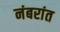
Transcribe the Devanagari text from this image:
नंबरांत